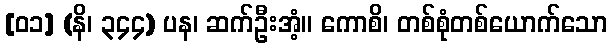
[၀၁] (နိ၊ ၃၄၄) ပန၊ ဆက်ဦးအံ့။ ကောစိ၊ တစ်စုံတစ်ယောက်သော